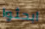
ابحثوا